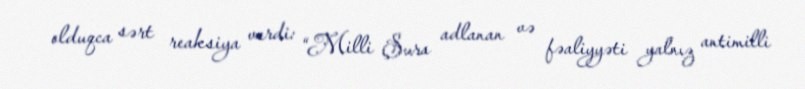
olduqca sərt reaksiya verdi: “Milli Şura adlanan və fəaliyyəti yalnız antimilli